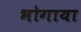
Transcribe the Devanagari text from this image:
भोगाया